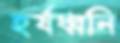
হর্ষধ্বনি